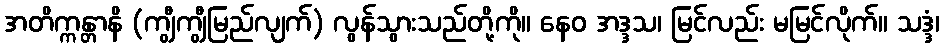
အတိက္ကန္တာနိ (ကျွီကျွီမြည်လျက်) လွန်သွားသည်တို့ကို။ နေဝ အဒ္ဒသ၊ မြင်လည်း မမြင်လိုက်။ သဒ္ဒံ၊